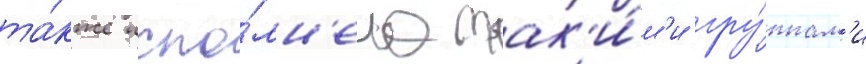
та́кже испо́лн'ена так'и́м'и гру́ппам'и